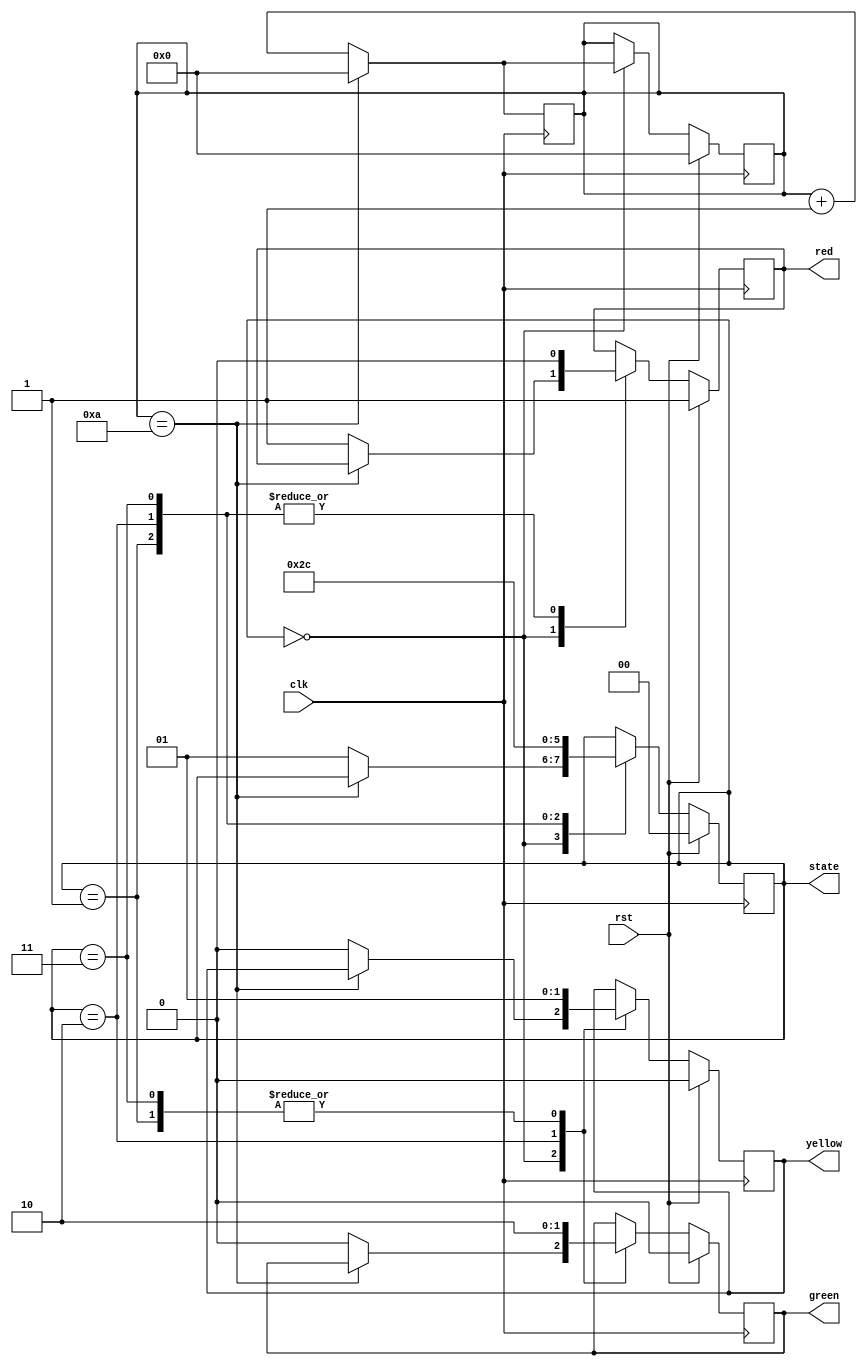
module traffic_light_controller(clk,rst,state,red,yellow,green); //basic single traffic light controller code
  input clk,rst;
  output reg [1:0] state;
  output reg red,yellow,green;
  reg[3:0] count=0;
  localparam redsignal=2'b00, 
              redwithyellow=2'b01, 
              greensignal=2'b10, 
              greenwithyellow=2'b11;
  
  always@(posedge clk)
    begin
      
      if(rst)
        begin
          red <= 1;
          yellow <= 0;
          green <= 0;
          state <= redsignal;
          count <= 0;
        end
      
      else begin
        
        case(state)
          
          redsignal:
            
            begin
              if(count == 10)
                count <= 0;
              
              else begin
                count <= count + 1;
                red <= 1; yellow <= 0; green <= 0;
                state <= redwithyellow;
                #10;
              end
            end
          
          redwithyellow:
            
            begin
              red <= 0; yellow <= 1; green <= 0;
              state <= greensignal;
              #3;
            end
          
          greensignal:
            
            begin
              red <= 0; yellow <= 0; green <= 1;
              state <= greenwithyellow;
              #5;
            end
          
          greenwithyellow:
            
            begin
              red <= 0; yellow <= 1; green <= 0;
              state <= redsignal;
              #3;
            end
          
          default : 
            begin
              state <= redsignal;
            end
          
        endcase
      end
    end
  
  always@(posedge clk)
    begin
      if(count == 10)
        count <= 0;
      else 
         count <= count + 1;
    end
        
  
endmodule